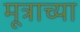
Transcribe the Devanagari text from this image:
मूत्राच्या